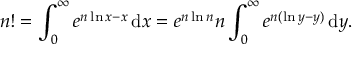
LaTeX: n ! = \int _ { 0 } ^ { \infty } e ^ { n \ln x - x } \, \mathrm { { d } } x = e ^ { n \ln n } n \int _ { 0 } ^ { \infty } e ^ { n ( \ln y - y ) } \, \mathrm { { d } } y .